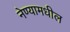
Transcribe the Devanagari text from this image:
नेण्यामधील